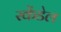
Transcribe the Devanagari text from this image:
स्केंडेल